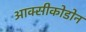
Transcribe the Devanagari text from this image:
आक्सीकोडोन